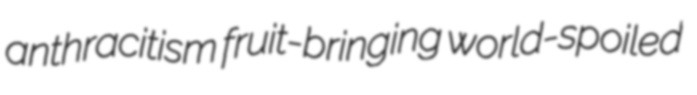
anthracitism fruit-bringing world-spoiled